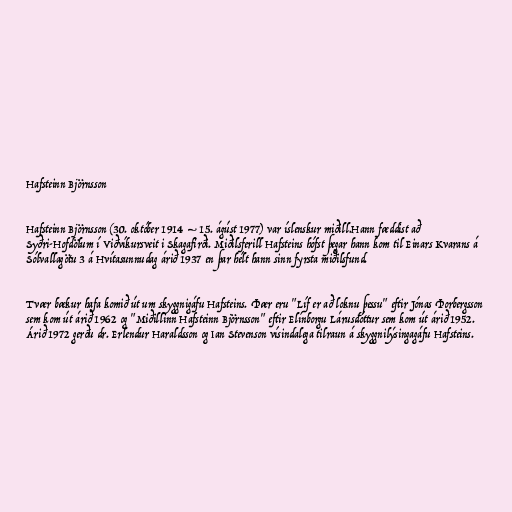
Hafsteinn Björnsson

Hafsteinn Björnsson (30. október 1914 – 15. ágúst 1977) var íslenskur miðill.Hann fæddist að
Syðri-Hofdölum í Viðvíkursveit i Skagafirði. Miðilsferill Hafsteins hófst þegar hann kom til Einars Kvarans á
Sólvallagötu 3 á Hvítasunnudag árið 1937 en þar hélt hann sinn fyrsta miðilsfund.

Tvær bækur hafa komið út um skyggnigáfu Hafsteins. Þær eru "Líf er að loknu þessu" eftir Jónas Þorbergsson
sem kom út árið 1962 og "Miðillinn Hafsteinn Björnsson" eftir Elínborgu Lárusdóttur sem kom út árið 1952.
Árið 1972 gerðu dr. Erlendur Haraldsson og Ian Stevenson vísindalega tilraun á skyggnilýsingagáfu Hafsteins.